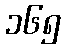
၁၆၅